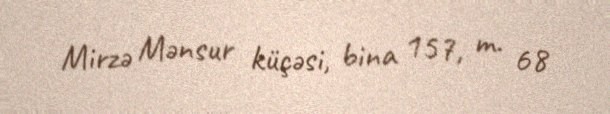
Mirzə Mənsur küçəsi, bina 157, m. 68